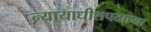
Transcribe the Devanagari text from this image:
न्यायाधीशपदाच्या